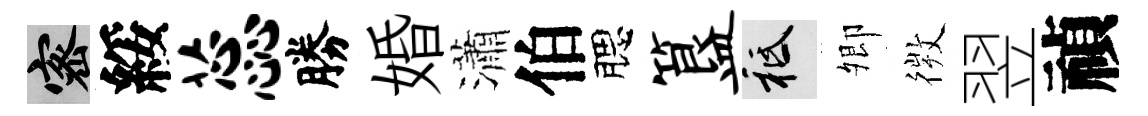
密綏蕊勝婚瀟伯腮簋祇𡖖𢕄翌禎